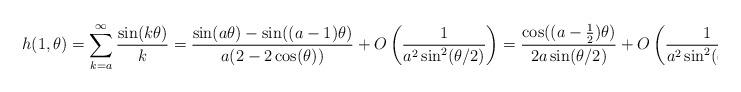
LaTeX: \begin{align*}h(1,\theta) = \sum_{k=a}^{\infty} \frac{\sin(k \theta)}{k} = \frac{\sin(a \theta)- \sin((a-1)\theta)}{a(2-2 \cos(\theta))} +O \left(\frac{1}{a^2 \sin^2(\theta/2)} \right)= \frac{\cos( (a-\frac{1}{2}) \theta) }{2 a\sin( \theta/2)}+ O \left(\frac{1}{a^2 \sin^2(\theta/2)} \right).\end{align*}